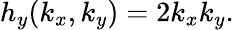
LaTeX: \begin{array}{r}{h_{y}(k_{x},k_{y})=2k_{x}k_{y}.}\end{array}